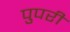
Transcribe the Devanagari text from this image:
पुपरी